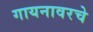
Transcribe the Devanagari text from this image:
गायनावरचे